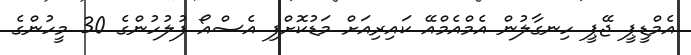
އެމްޑީޕީ ޖޭޕީ ހިނގާލުން އެމްއެމްއޭ ކައިރިއަށް މަޑުކޮށްފި އެސްއޯ ފުލުހުންގެ 30 މީހުންގެ